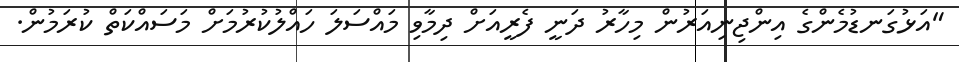
"އަޅުގަނޑުމެންގެ އިންޖިނިއަރުން މިހާރު ދަނީ ފެރީއަށް ދިމާވި މައްސަލަ ހައްލުކުރުމަށް މަސައްކަތް ކުރަމުން.